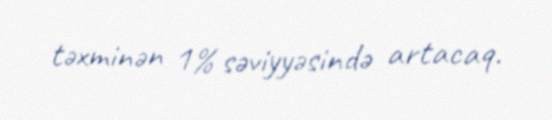
təxminən 1% səviyyəsində artacaq.